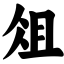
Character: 俎